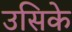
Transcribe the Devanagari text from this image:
उसिके